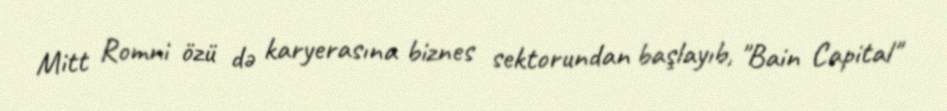
Mitt Romni özü də karyerasına biznes sektorundan başlayıb, "Bain Capital"